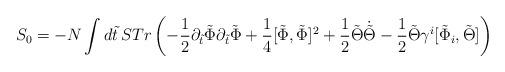
LaTeX: \begin{align*}S_0 = - N \int d\tilde t \,STr \left( - \frac{1}{2} \partial_{\tilde t} \tilde\Phi \partial_{\tilde t} \tilde \Phi + \frac{1}{4} [\tilde \Phi, \tilde \Phi]^2+ {1\over 2} \tilde \Theta \dot{\tilde \Theta}-{1\over 2}\tilde \Theta \gamma^i [ \tilde \Phi_i, \tilde \Theta] \right)\end{align*}